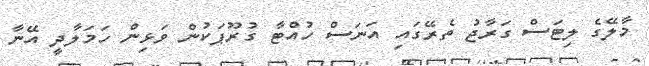
މާލޭގެ ލިޓަސް ގަރާޖު ތެރޭގައި އަނަސް ހުއްޓާ ގުރޫޕަކުން ވަޅިން ހަމަލާދީ އޭނާ